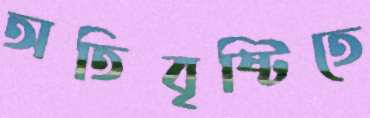
অতিবৃষ্টিতে